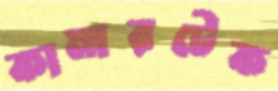
কামারটেক